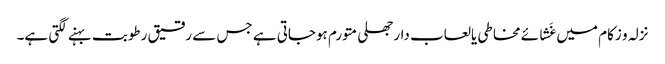
نزلہ و زکام میں غَشائے مخاطی یالعاب دارجھلی متورم ہوجاتی ہے جس سے رقیق رطوبت بہنے لگتی ہے۔